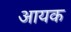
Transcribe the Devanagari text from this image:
आयक